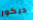
ديكور